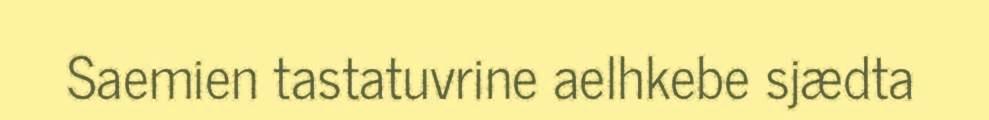
Saemien tastatuvrine aelhkebe sjædta